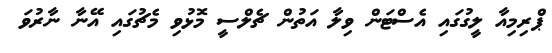
ޕްރިމިއާ ލީގުގައި އެސްޓަން ވިލާ އަތުން ޗެލްސީ މޮޅުވި މެޗުގައި އޭނާ ނާރުވަ